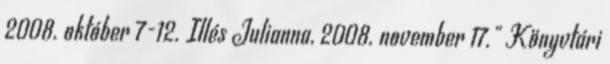
2008. október 7-12. Illés Julianna, 2008. november 17." Könyvtári